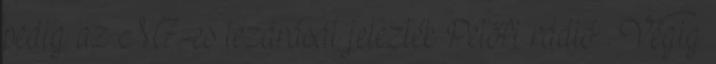
pedig az M7-es lezárását jelezték Petőfi rádió . Végig